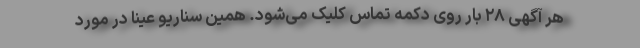
هر آگهی ۲۸ بار روی دکمه تماس کلیک می‌شود. همین سناریو عینا در مورد